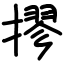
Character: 摎